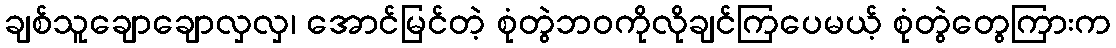
ချစ်သူချောချောလှလှ၊ အောင်မြင်တဲ့ စုံတွဲဘဝကိုလိုချင်ကြပေမယ့် စုံတွဲတွေကြားက